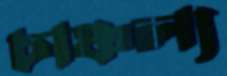
চাঞ্চল্য